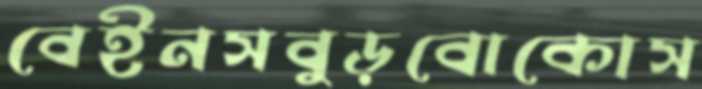
বেইনসবুড়বোকোস